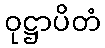
ဝုဋ္ဌာပိတံ